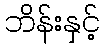
ဘိန်းနှင့်